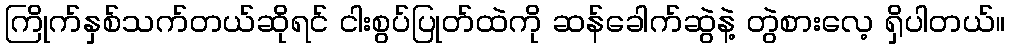
ကြိုက်နှစ်သက်တယ်ဆိုရင် ငါးစွပ်ပြုတ်ထဲကို ဆန်ခေါက်ဆွဲနဲ့ တွဲစားလေ့ ရှိပါတယ်။